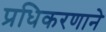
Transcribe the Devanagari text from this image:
प्रधिकरणाने